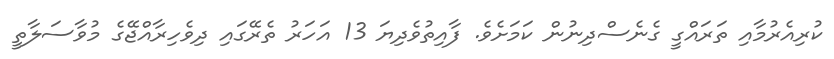
ކުރިއެރުމާއި ތަރައްގީ ގެނެސްދިނުން ކަމަށެވެ. ފާއިތުވެދިޔަ 13 އަހަރު ތެރޭގައި ދިވެހިރާއްޖޭގެ މުވާސަލާތީ